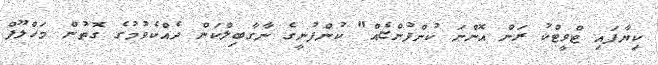
ކިޔާފައި ޓްވީޓްކު ރަން އޮންނަ ކުންފުންޏެއް" ކުންފުނީގެ ނާގާބިލްކަން ދެއްކެވުމުގެ ގޮތުން މަހްލޫފް